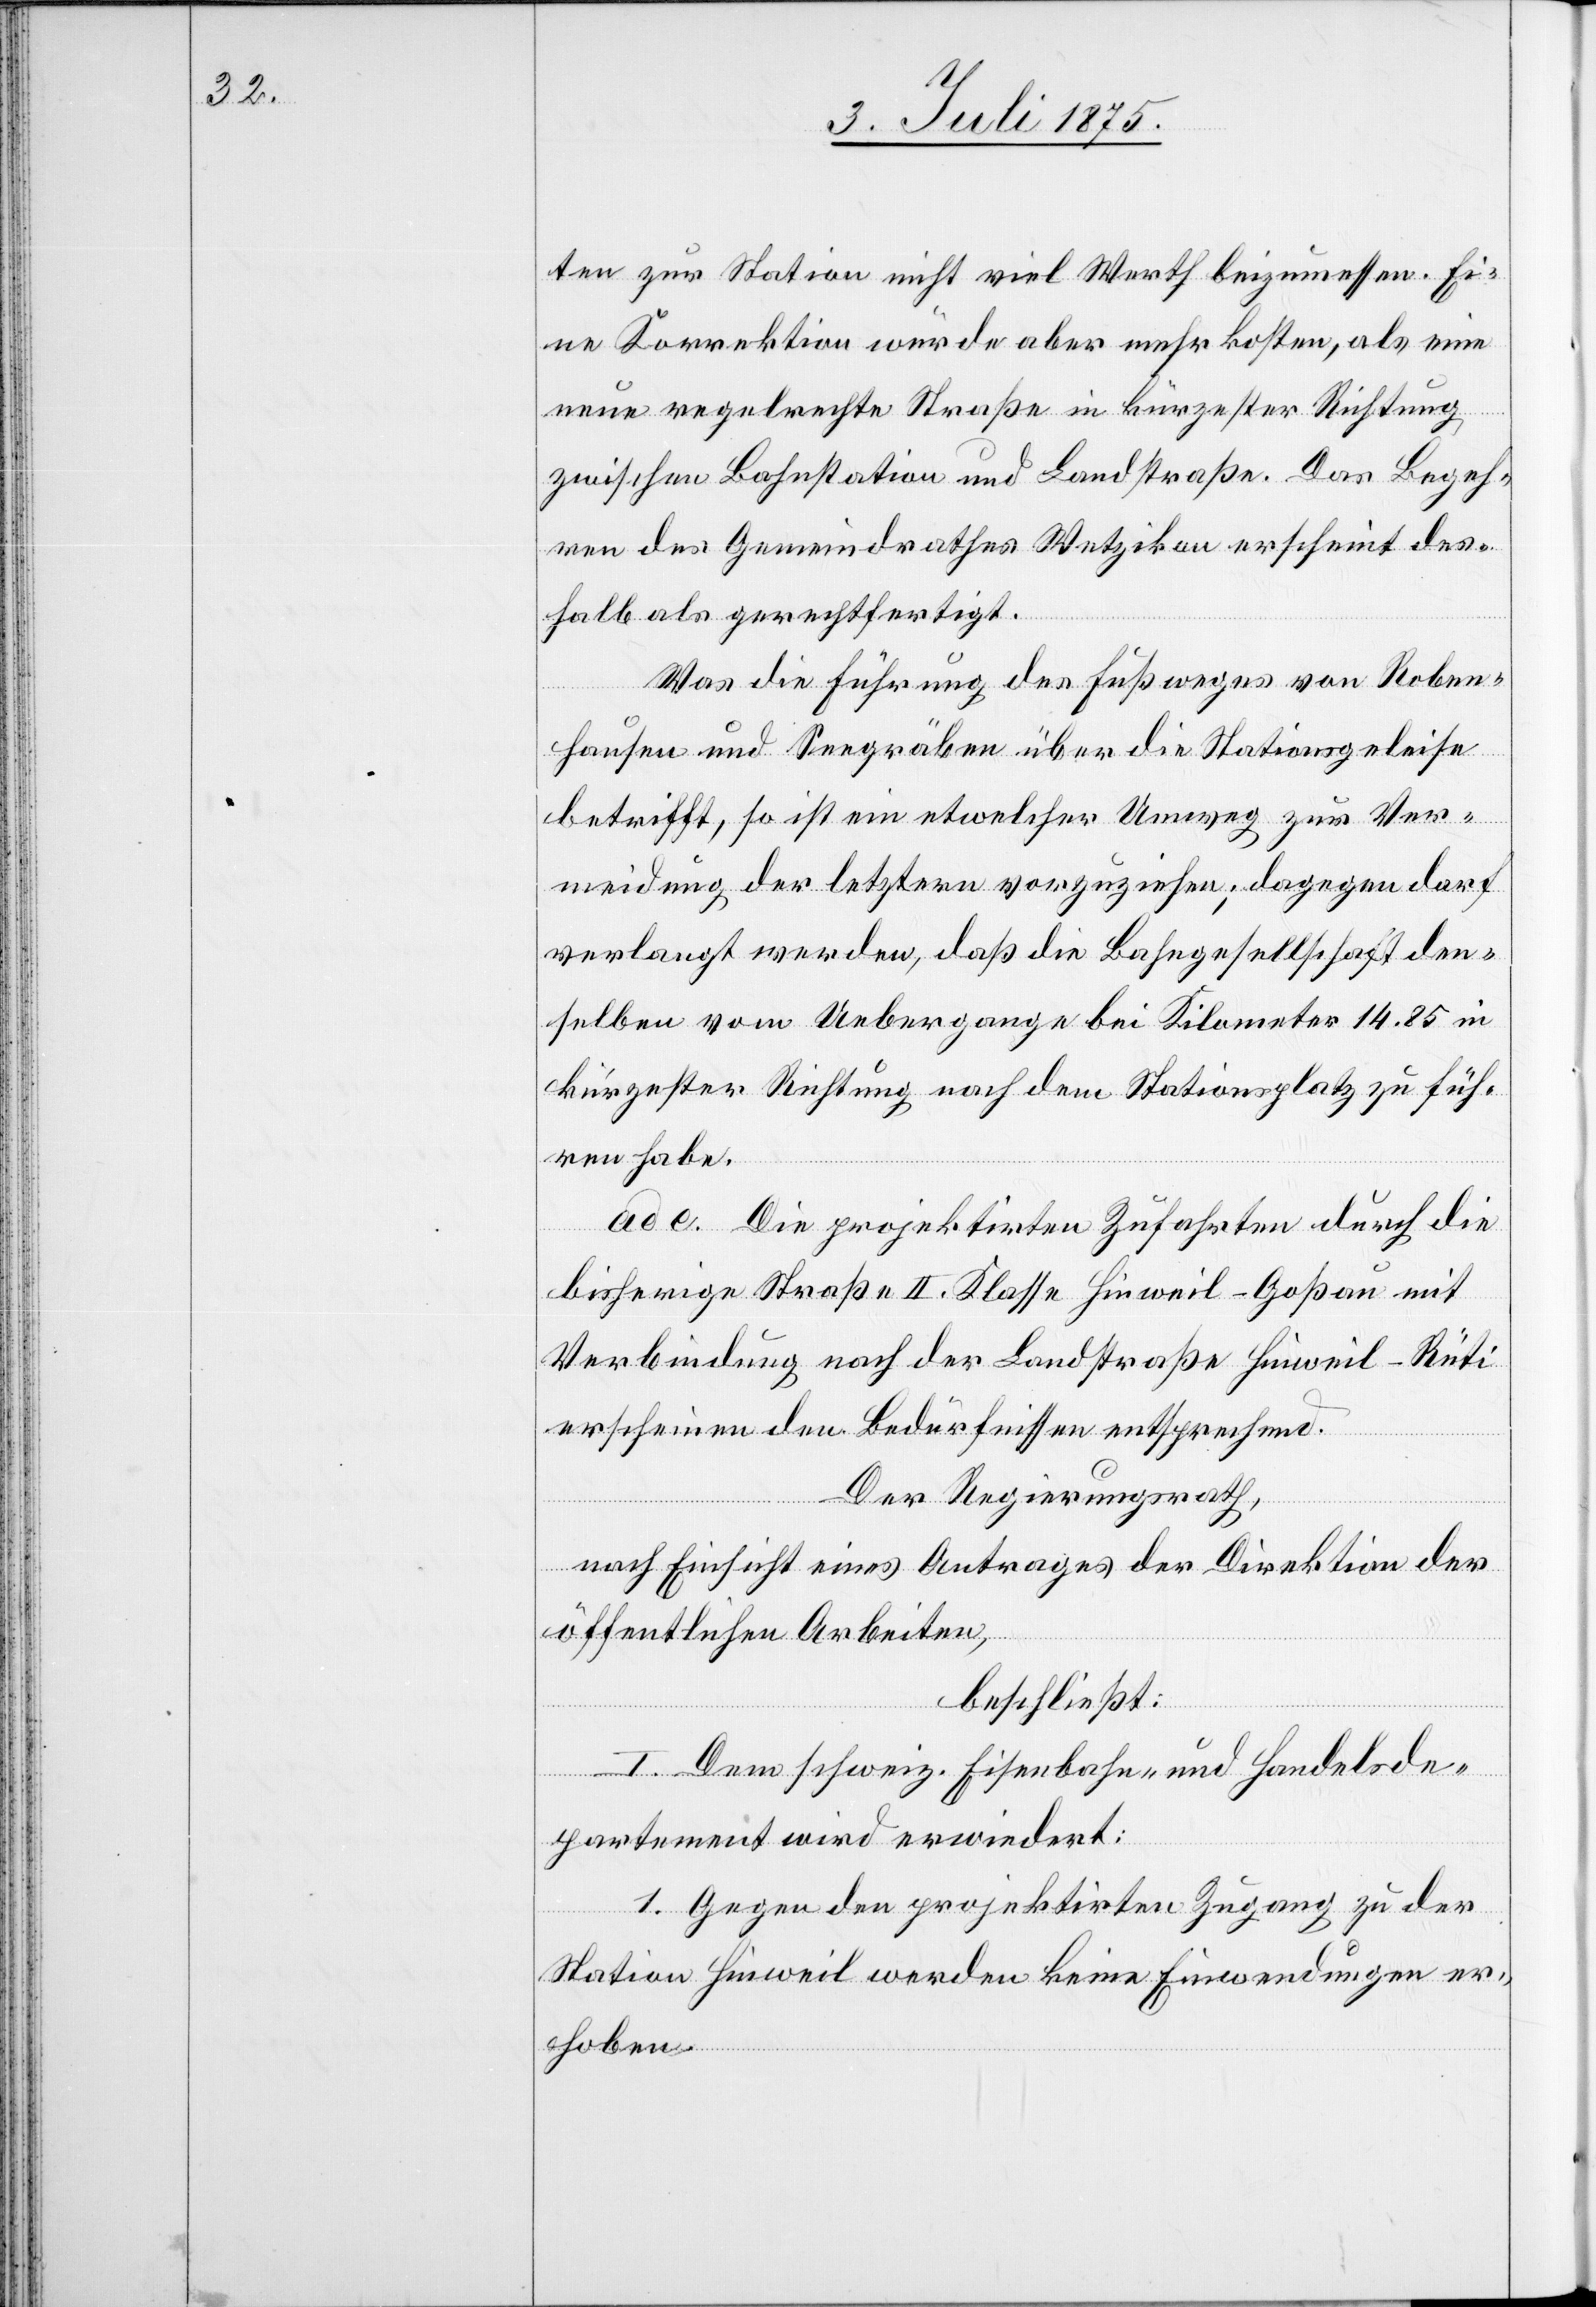
ten zur Station nicht viel Werth beizumessen. Ei¬
ne Korrektion würde aber mehr kosten, als eine
neue regelrechte Straße in kürzester Richtung
zwischen Bahnstation und Landstraße. Das Begeh¬
ren des Gemeindrathes Wetzikon erscheint des¬
halb als gerechtfertigt.
Was die Führung des Fußweges von Roben¬
hausen und Seegräben über die Stationsgeleise
betrifft, so ist ein etwelcher Umweg zur Ver¬
meidung der letztern vorzuziehen, dagegen darf
verlangt werden, daß die Bahngesellschaft den¬
selben vom Uebergange bei Kilometer 14.85 in
kürzester Richtung nach dem Stationsplatz zu füh¬
ren habe.
ad e. Die projektirten Zufahrten durch die
bisherige Straße II. Klasse Hinweil–Rüti
erscheinen den Bedürfnissen entsprechend.
Der Regierungsrath,
nach Einsicht eines Antrages der Direktion der
öffentlichen Arbeiten,
beschließt:
I. Dem schweiz. Eisenbahn- und Handelsde¬
partement wird erwiedert:
1. Gegen den projektirten Zugang zu der
Station Hinweil werden keine Einwendungen er¬
hoben.